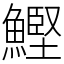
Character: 鰹